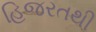
હિજરતથી